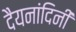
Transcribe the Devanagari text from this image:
दैयनांदिनी